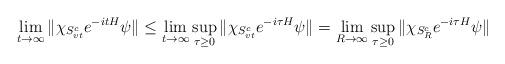
LaTeX: \begin{align*} \lim\limits_{t\rightarrow\infty}\|\chi_{S_{vt}^c}e^{-itH}\psi\|\leq \lim\limits_{t\rightarrow\infty} \sup_{\tau\geq 0} \|\chi_{S_{vt}^c}e^{-i\tau H}\psi\|=\lim\limits_{R\rightarrow\infty} \sup_{\tau\geq 0} \|\chi_{S_{R}^c}e^{-i\tau H}\psi\|\end{align*}